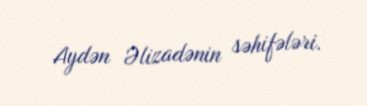
Aydən Əlizadənin səhifələri.